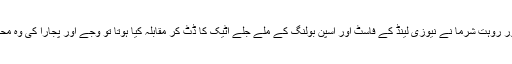
اگر وجے اور پجارا کے آؤٹ ہونے کے بعد کپتان وراٹ کوہلی ، نائب کپتان اجنکیا رہانے اور روہت شرما نے نیوزی لینڈ کے فاسٹ اور اسپن بولنگ کے ملے جلے اٹیک کا ڈٹ کر مقابلہ کیا ہوتا تو وجے اور پجارا کی وہ محنت اکارت نہ جاتی جو انہون نے دوسرے وکٹ کے لیے 112رنز بنا نے کے لیے کی تھی۔